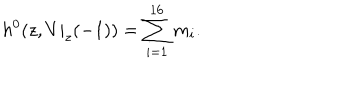
h ^ { 0 } ( z , V | _ { z } ( - 1 ) ) = \sum _ { i = 1 } ^ { 1 6 } m _ { i } .